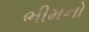
ભીમનો